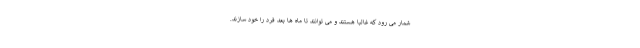
شمار می رود که غالبا هستند و می توانند تا ماه ها بعد فرد را خود سازند.